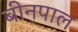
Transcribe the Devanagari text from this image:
बीनपाल